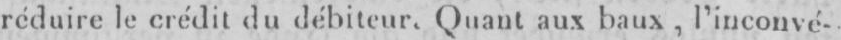
réduire le crédit du débiteur. Quant aux baux, l’inconvé-